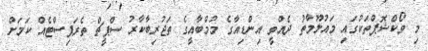
މި ވޯކްޝޮޕްތަކުގައި މައުލޫމާތު ދެއްވީ އިންޑިއާގެ މުމްބާއީގެ ތަޖުރިބާކާރު ސްޕީޗް ތެރަޕިސްޓެއް ކަމަށް